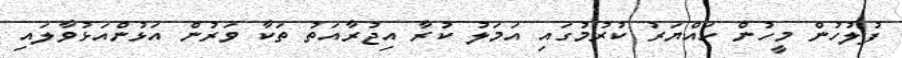
ފުލުހުން މީހުން ހައްޔަރު ކުރުމުގައި އަމަލު ކުރާ އިޖުރާއަތު ތަކާ ވަރުން އަޅުންއަޅުވާާލައި